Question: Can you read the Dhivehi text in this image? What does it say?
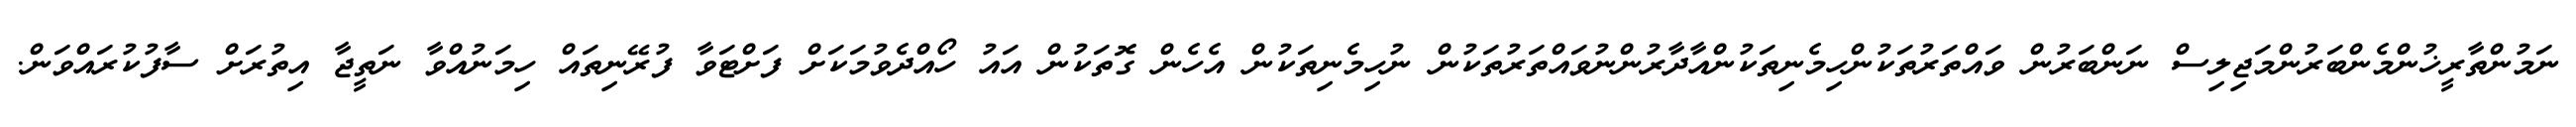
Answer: ނަމުންތާރީޚުންމެންބަރުންމަޖިލިސް ނަންބަރުން ވައްތަރުތަކުންހިމެނިތަކުންއާދާރުންނުވައްތަރުތަކުން ނުހިމެނިތަކުން އެހެން ގޮތަކުން އައު ހޯއްދެވުމަކަށް ފަށްޓަވާ ފުރޭނިތައް ހިމަނުއްވާ ނަތީޖާ އިތުރަށް ސާފުކުރައްވަން.